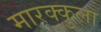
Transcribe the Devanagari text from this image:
मारक्कुला